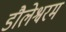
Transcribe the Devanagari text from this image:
डौलेश्वरम